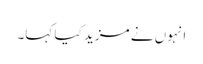
انہوں نے مزید کیا کہا۔